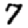
Digit: 7